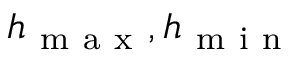
h _ { \mathrm { ~ m ~ a ~ x ~ } } , h _ { \mathrm { ~ m ~ i ~ n ~ } }